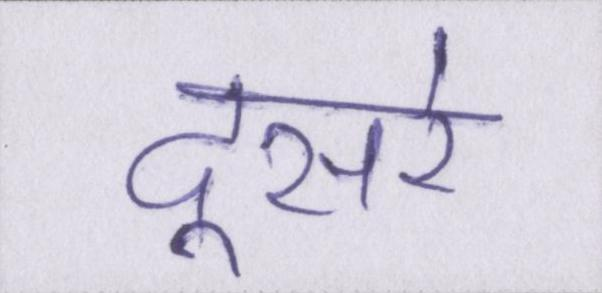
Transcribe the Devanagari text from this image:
दूसरे